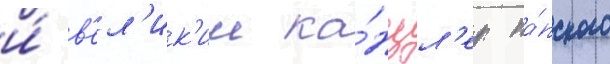
и́ в'ел'ик'ии ка́нцл'ер па́пского